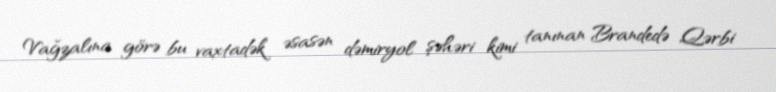
Vağzalına görə bu vaxtadək əsasən dəmiryol şəhəri kimi tanınan Brandedə Qərbi